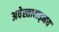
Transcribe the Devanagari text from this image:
अवेस्तावाड्मय